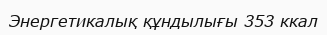
Энергетикалық құндылығы 353 ккал